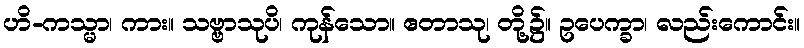
ဟိ-ကသ္မာ၊ ကား။ သဗ္ဗာသုပိ၊ ကုန်သော။ ဧတာသု၊ တို့၌။ ဥပေက္ခာ၊ လည်းကောင်း။